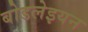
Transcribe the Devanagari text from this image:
बोडलेइयन